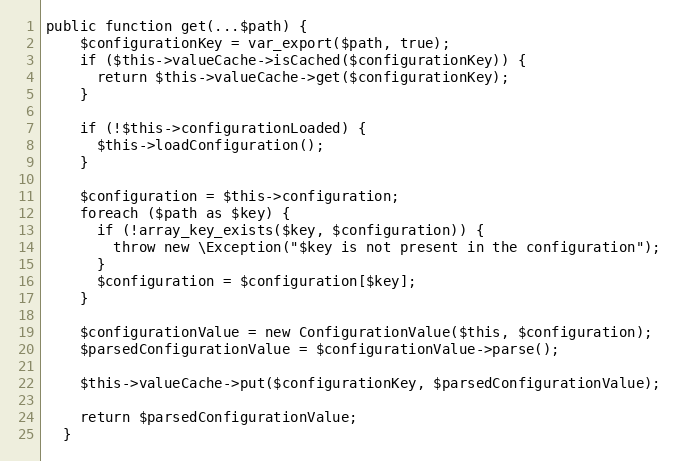
Language: PHP
public function get(...$path) {
    $configurationKey = var_export($path, true);
    if ($this->valueCache->isCached($configurationKey)) {
      return $this->valueCache->get($configurationKey);
    }

    if (!$this->configurationLoaded) {
      $this->loadConfiguration();
    }

    $configuration = $this->configuration;
    foreach ($path as $key) {
      if (!array_key_exists($key, $configuration)) {
        throw new \Exception("$key is not present in the configuration");
      }
      $configuration = $configuration[$key];
    }

    $configurationValue = new ConfigurationValue($this, $configuration);
    $parsedConfigurationValue = $configurationValue->parse();

    $this->valueCache->put($configurationKey, $parsedConfigurationValue);

    return $parsedConfigurationValue;
  }